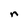
Character: n